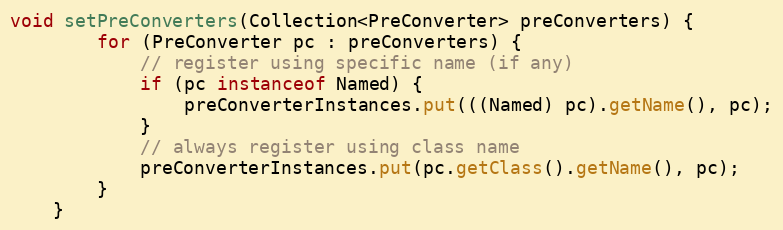
Language: Java
void setPreConverters(Collection<PreConverter> preConverters) {
        for (PreConverter pc : preConverters) {
            // register using specific name (if any)
            if (pc instanceof Named) {
                preConverterInstances.put(((Named) pc).getName(), pc);
            }
            // always register using class name
            preConverterInstances.put(pc.getClass().getName(), pc);
        }
    }